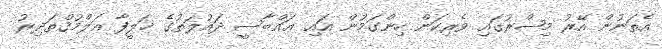
އެތަނުން އޭރު މިޞްރުގައި ވެރިކަން ހިންގަމުން އައި ޢައްބާސީ ދައުލަތުގެ ޚަލީފާ އަލްމުޤްތަދިރު